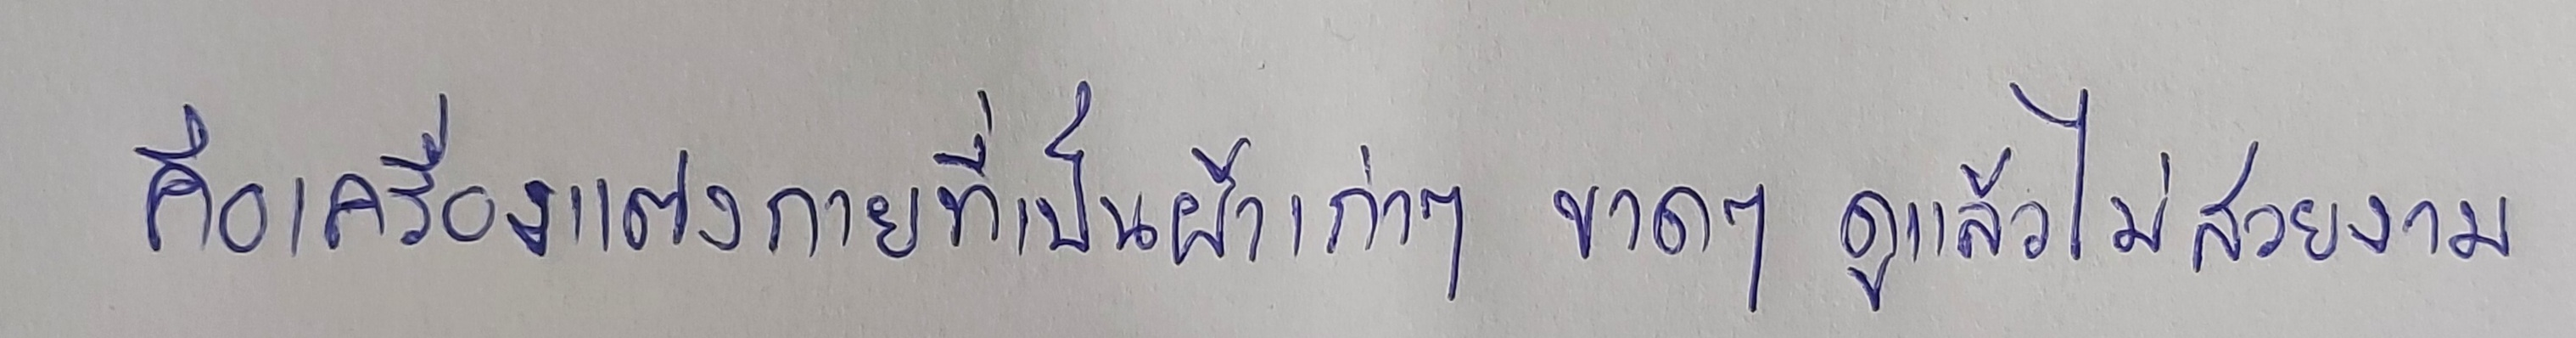
คือเครื่องแต่งกายที่เป็นผ้าเก่าๆ ขาดๆ ดูแล้วไม่สวยงาม